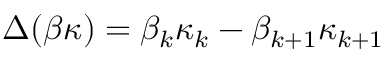
\Delta ( \beta \kappa ) = \beta _ { k } \kappa _ { k } - \beta _ { k + 1 } \kappa _ { k + 1 }